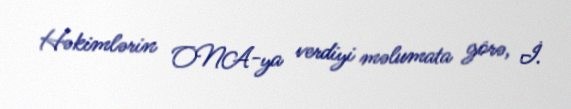
Həkimlərin ONA-ya verdiyi məlumata görə, İ.